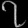
Digit: ၇